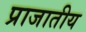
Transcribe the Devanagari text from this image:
प्राजातीय